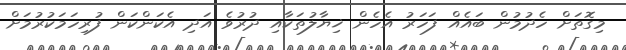
މިގޮތަށް ހެދުމުން ބައެއް ފަހަރު އެހެން ޚިޔާލުތަކާއި ދުރުވެ އަދި އެކަންކަން ފުރިހަމަކުރުމަށް